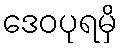
ဒေဝပုရမှိ